Vaccination in the Punjab 1897-1904 - 1897-1904
Year: 1897
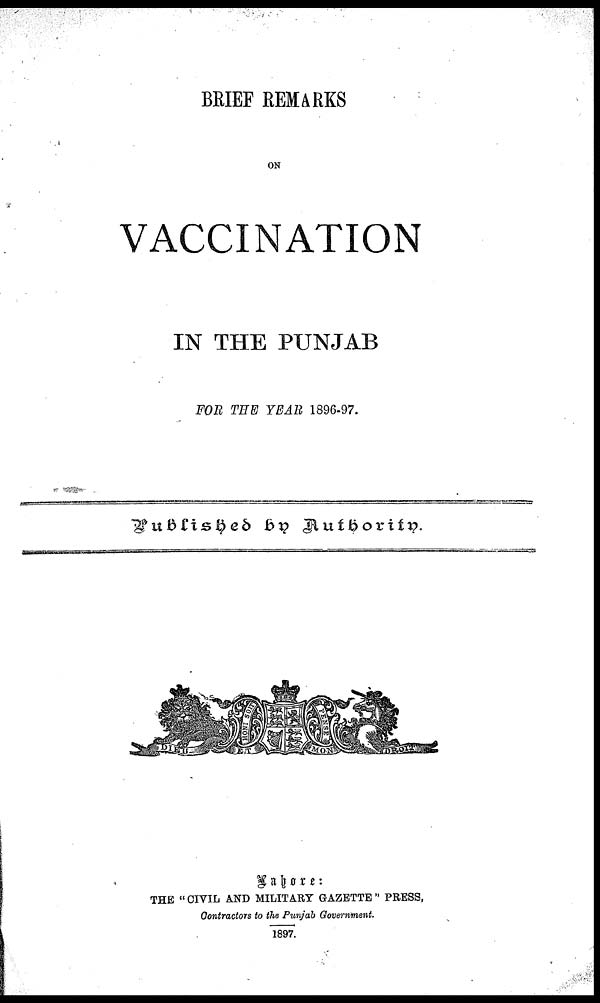
BRIEF REMARKS
ON
VACCINATION
IN THE PUNJAB
FOR THE YEAR 1896-97.
Published
by
Authority.
/img/
Lahore:
THE " CIVIL AND MILITARY GAZETTE " PRESS,
Contractors to the Punjab Government.
1897.